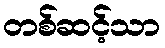
တစ်ဆင့်သာ